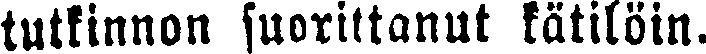
tutkinnon suorittanut kätilöin.